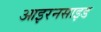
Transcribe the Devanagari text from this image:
आइरनसाइड